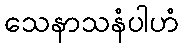
သေနာသနံပါဟံ